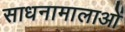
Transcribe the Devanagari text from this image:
साधनामालाओं